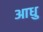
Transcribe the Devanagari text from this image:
आधु